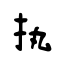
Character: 执